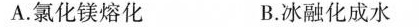
A.氯化镁熔化 B.冰融化成水